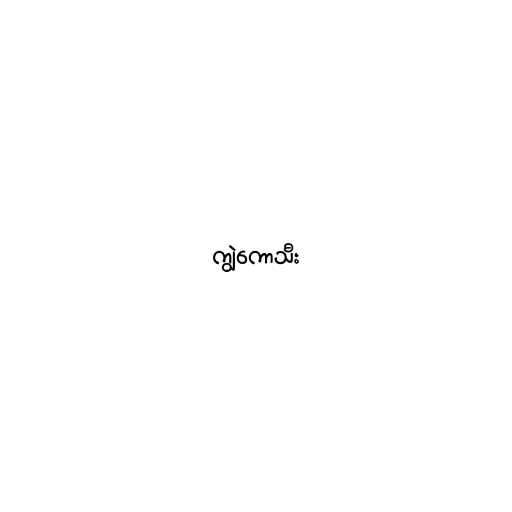
ကျွဲကောသီး